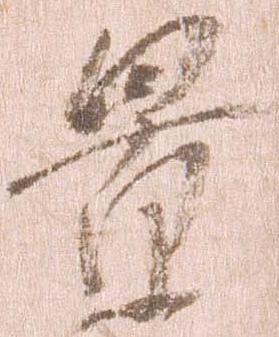
景